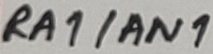
Text: RA1/AN1